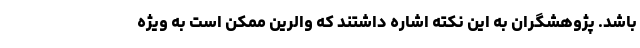
باشد. پژوهشگران به این نکته اشاره داشتند که والرین ممکن است به ویژه